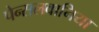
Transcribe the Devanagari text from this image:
पेन्सलवानिया